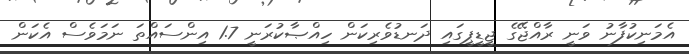
އެމަނިކުފާނު ވަނީ ރާއްޖޭގެ ޖީޑީޕީގައި ދަނޑުވެރިކަން ހިއްޞާކުރަނީ 1.7 އިންސައްތަ ނަމަވެސް އެކަން